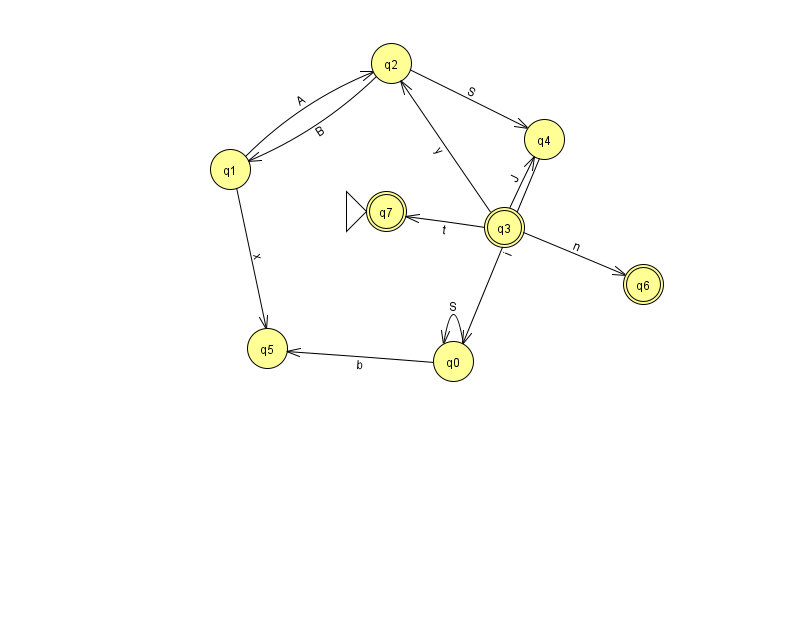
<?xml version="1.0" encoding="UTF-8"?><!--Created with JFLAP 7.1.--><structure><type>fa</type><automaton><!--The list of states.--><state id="0" name="q0"><x>453.0</x><y>348.0</y></state><state id="1" name="q1"><x>230.0</x><y>156.0</y></state><state id="2" name="q2"><x>391.0</x><y>50.0</y></state><state id="3" name="q3"><x>504.0</x><y>214.0</y><final/></state><state id="4" name="q4"><x>544.0</x><y>126.0</y></state><state id="5" name="q5"><x>267.0</x><y>335.0</y></state><state id="6" name="q6"><x>643.0</x><y>271.0</y><final/></state><state id="7" name="q7"><x>386.0</x><y>198.0</y><initial/><final/></state><!--The list of transitions.--><transition><from>1</from><to>2</to><read>A</read></transition><transition><from>3</from><to>4</to><read>J</read></transition><transition><from>3</from><to>6</to><read>n</read></transition><transition><from>2</from><to>1</to><read>B</read></transition><transition><from>0</from><to>0</to><read>S</read></transition><transition><from>1</from><to>5</to><read>x</read></transition><transition><from>2</from><to>4</to><read>S</read></transition><transition><from>3</from><to>2</to><read>y</read></transition><transition><from>3</from><to>7</to><read>t</read></transition><transition><from>0</from><to>5</to><read>b</read></transition><transition><from>4</from><to>0</to><read>i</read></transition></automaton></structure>